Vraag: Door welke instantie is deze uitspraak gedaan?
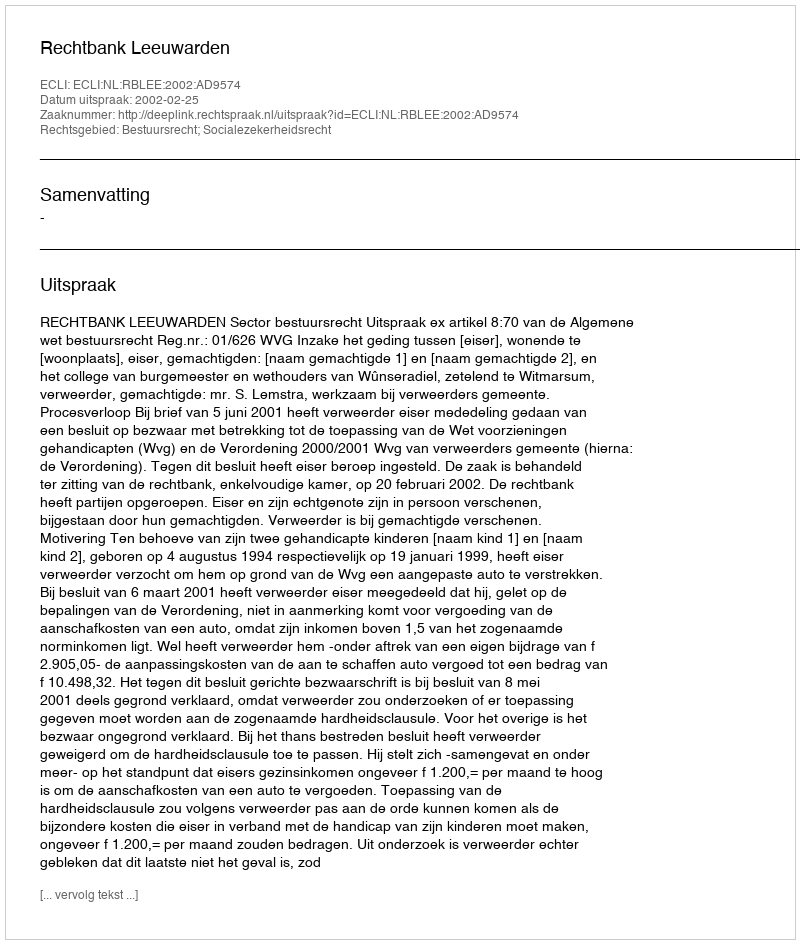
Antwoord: Rechtbank Leeuwarden